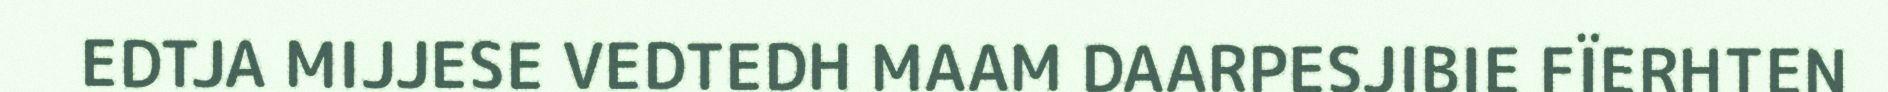
EDTJA MIJJESE VEDTEDH MAAM DAARPESJIBIE FÏERHTEN